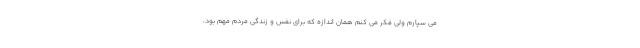
می سپارم ولی فکر می کنم همان اندازه که برای نفس و زندگی مردم مهم بود،